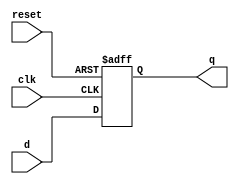
module d_ff(q,d,clk,reset);
    output q;
    input d,clk,reset;
    reg q;
    always @(posedge clk or negedge reset)
    begin
        if(!reset)
           q<=1'b0;
        else
           q<=d;
    end
endmodule

module reg_32bit(q,d,clk,reset);
    output [31:0] q;
    input [31:0] d;
    input clk,reset;
    
    generate
       genvar j;
       for(j=0;j<32;j=j+1)
       begin:reg_loop
          d_ff df(q[j],d[j],clk,reset);
      end
  endgenerate
endmodule

module mux4_1(regData,q1,q2,q3,q4,reg_no);
   output [31:0] regData;
   input [31:0] q1,q2,q3,q4;
   input [1:0] reg_no;
   wire a0,a1,a2,a3;
   reg [31:0] regData;
   always @(reg_no)
   begin
      case(reg_no)
          2'b00:
             begin
             regData = q1;
             end
          2'b01:
             begin
             regData = q2;
             end
          2'b10:
             begin
             regData = q3;
             end
          2'b11:
             begin
             regData = q4;
             end
     endcase
   end
endmodule 

module decoder2_4(register,reg_no);
   output [3:0] register;
   input [1:0] reg_no;
   wire not0,not1;
   
   not n1(not0,reg_no[0]);
   not n2(not1,reg_no[1]);
   
   and a1 (register[0],not1,not0);
   and a2 (register[1],not1,reg_no[0]);
   and a3 (register[2],reg_no[1],not0);
   and a4 (register[3],reg_no[1],reg_no[0]);
endmodule


module RegFile(clk,reset,ReadReg1,ReadReg2,WriteData,WriteReg,RegWrite,ReadData1,ReadData2);
    input clk,reset,RegWrite;
    input [1:0] ReadReg1,ReadReg2,WriteReg;
    input [31:0] WriteData;
    output [31:0] ReadData1,ReadData2;
    wire [3:0] decoder_out;
    wire [3:0] clock_gates;
    wire [31:0] reg_out[3:0];
    decoder2_4 decoder(decoder_out,WriteReg);
    
    and gate0(clock_gates[0],clk,RegWrite,decoder_out[0]);
    and gate1(clock_gates[1],clk,RegWrite,decoder_out[1]);
    and gate2(clock_gates[2],clk,RegWrite,decoder_out[2]);
    and gate3(clock_gates[3],clk,RegWrite,decoder_out[3]);
    
    
    reg_32bit reg0(reg_out[0],WriteData,clock_gates[0],reset);
    reg_32bit reg1(reg_out[1],WriteData,clock_gates[1],reset);
    reg_32bit reg2(reg_out[2],WriteData,clock_gates[2],reset);
    reg_32bit reg3(reg_out[3],WriteData,clock_gates[3],reset);
    
    
    mux4_1 mux1(ReadData1,reg_out[0],reg_out[1],reg_out[2],reg_out[3],ReadReg1);
    mux4_1 mux2(ReadData2,reg_out[0],reg_out[1],reg_out[2],reg_out[3],ReadReg2);
endmodule

module bit32_1mux(out,inp,sel);
	input [31:0] inp;
	output out;
	input [4:0] sel;
	assign out = inp[sel];
endmodule

module mux32_1(RegData,reg_inp,reg_no);
	output [31:0] RegData;
	input [1023:0] reg_inp;
	input [4:0] reg_no;
	
	generate
		genvar j;
		for(j=0;j<32;j=j+1)
		begin:mux_loop
			bit32_1mux m1(RegData[j],reg_inp[j*32+31:j*32],reg_no);
		end
	endgenerate
endmodule

module decoder5_32(register,reg_no);
   output [31:0] register;
   input [4:0] reg_no;
   wire not0,not1;
   reg [31:0] register;
   always @(reg_no)
	begin
       register = 32'h00000000;
       register[reg_no] =1;
	end
   endmodule
module RegFile32(clk,reset,ReadReg1,ReadReg2,WriteData,WriteReg,RegWrite,ReadData1,ReadData2);
    input clk,reset,RegWrite;
    input [4:0] ReadReg1,ReadReg2,WriteReg;
    input [31:0] WriteData;
    output [31:0] ReadData1,ReadData2;
    wire [31:0] decoder_out;
    wire [31:0] clock_gates;
    wire [31:0] reg_out[31:0];
    
   wire [1023:0] reg_pack;
    decoder5_32 decoder(decoder_out,WriteReg);
    
    
    generate
	genvar l;
	for(l=0;l<32;l=l+1)
	begin:gate_loop
 	   and gate0(clock_gates[l],clk,RegWrite,decoder_out[l]);
    	end
    endgenerate
    
    generate
	genvar i;
	for(i=0;i<32;i=i+1)
	begin:reg_loop	
    		reg_32bit reg0(reg_out[i],WriteData,clock_gates[i],reset);
	end
	endgenerate
    
	generate
	genvar j,k;
	 for(k=0;k<32;k=k+1)
	 begin
	    for(j=0;j<32;j=j+1)
	    begin
		 assign reg_pack[k*32+j] = reg_out[j][k];
	    end
	 end
    endgenerate
 
    mux32_1 mux1(ReadData1,reg_pack,ReadReg1);
    mux32_1 mux2(ReadData2,reg_pack,ReadReg2);
endmodule